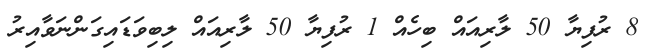
8 ރުފިޔާ 50 ލާރިއައް ބިހެއް 1 ރުފިޔާ 50 ލާރިއައް ލިބިވަޑައިގަންނަވާއިރު